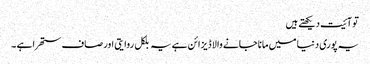
تو آئیت دیکھتے ہیں
یہ پوری دنیا میں مانا جانے والا ڈیزائن ہے یہ بلکل روایتی اور صاف ستھرا ہے ۔